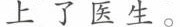
上了医生